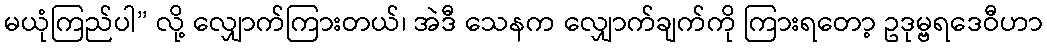
မယုံကြည်ပါ” လို့ လျှောက်ကြားတယ်၊ အဲဒီ သေနက လျှောက်ချက်ကို ကြားရတော့ ဥဒုမ္ဗရဒေဝီဟာ